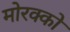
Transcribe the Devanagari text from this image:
मोरक्को